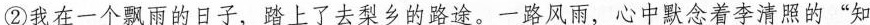
②我在一个飘雨的日子，踏上了去梨乡的路途。一路风雨，心中默念着李清照的”知